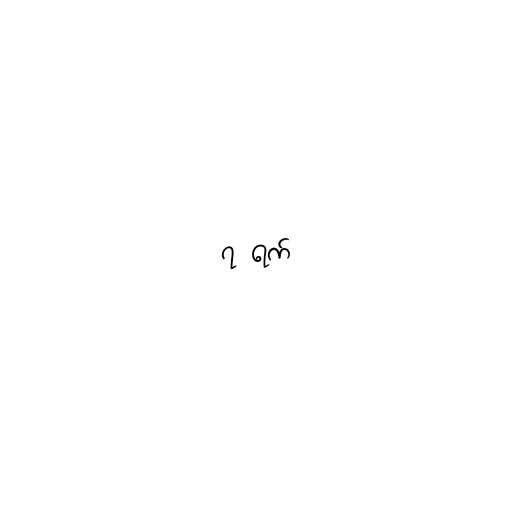
၇ ရက်